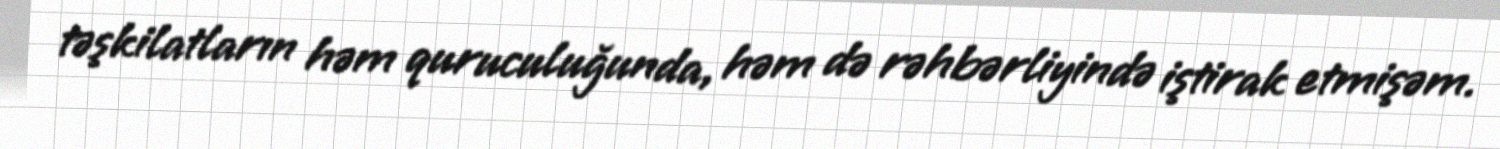
təşkilatların həm quruculuğunda, həm də rəhbərliyində iştirak etmişəm.